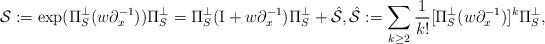
LaTeX: \begin{align*}\mathcal{S}:=\exp(\Pi_S^{\perp}(w \partial_x^{-1}))\Pi_S^{\perp}=\Pi_S^{\perp}(\mathrm{I}+w \partial_x^{-1})\Pi_S^{\perp}+\hat{\mathcal{S}}, \hat{\mathcal{S}}:=\sum_{k\geq 2} \frac{1}{k!} [\Pi_S^{\perp} (w\partial_x^{-1})]^k \Pi_S^{\perp},\end{align*}